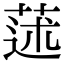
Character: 蒁